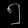
Digit: ၅